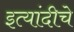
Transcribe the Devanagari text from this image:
इत्यांदीचे